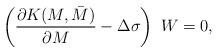
LaTeX: \begin{align*}\left(\frac{\partial K(M,\bar M)}{\partial M}- \Delta \sigma \right)~W =0,\end{align*}